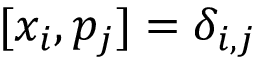
[ x _ { i } , p _ { j } ] = \delta _ { i , j }